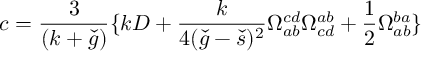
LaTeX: c = \frac { 3 } { ( k + \check { g } ) } \{ k D + \frac { k } { 4 ( \check { g } - \check { s } ) ^ { 2 } } \Omega _ { a b } ^ { c d } \Omega _ { c d } ^ { a b } + \frac { 1 } { 2 } \Omega _ { a b } ^ { b a } \}